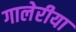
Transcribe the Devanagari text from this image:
गालेरीया